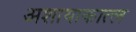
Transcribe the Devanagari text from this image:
अशायाकात्ल